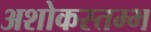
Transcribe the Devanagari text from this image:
अशोकस्तम्भ